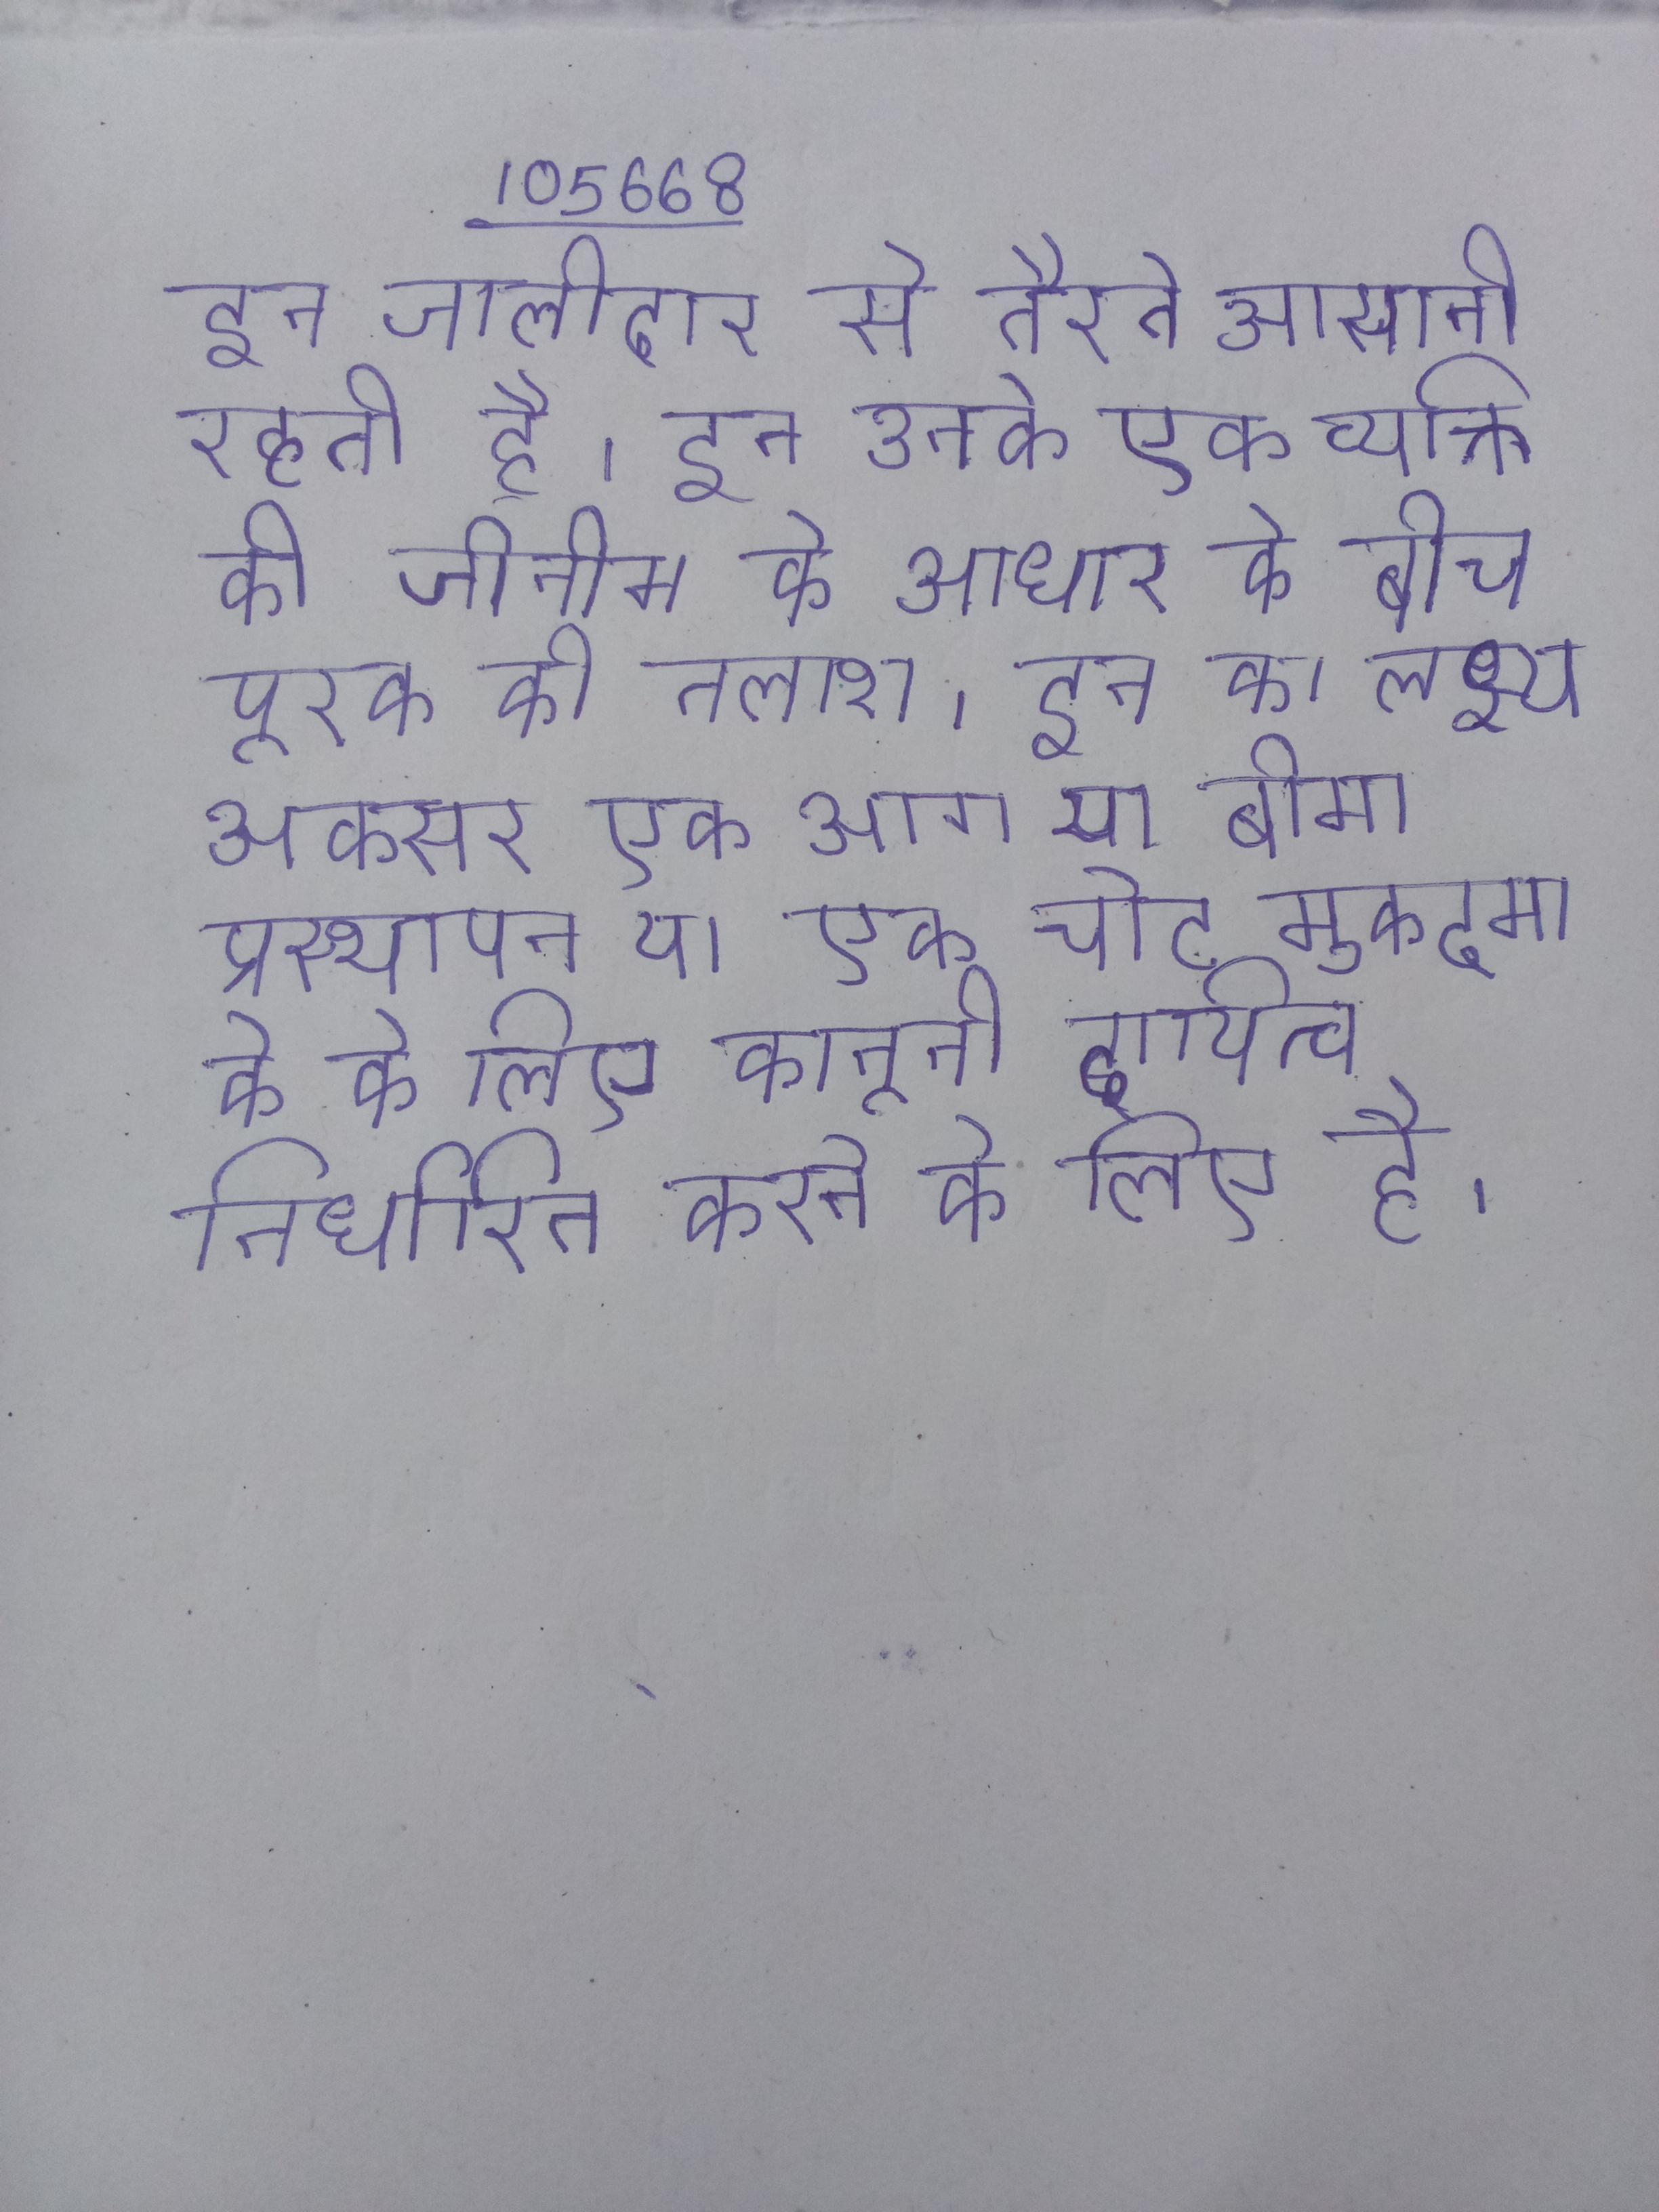
इन जालीदार से तैरने आसानी रहती है । इन उनके एक व्यक्ति की जीनोम के आधार के बीच पूरक की तलाश । इन का लक्ष्य अक्सर एक आग या बीमा प्रस्थापन या एक चोट मुकदमा के के लिए अन्य दुर्घटना के लिए कानूनी दायित्व निर्धारित करने के लिए है ।